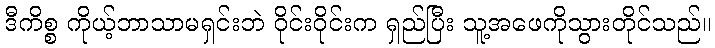
ဒီကိစ္စ ကိုယ့်ဘာသာမရှင်းဘဲ ဝိုင်းဝိုင်းက ရှည်ပြီး သူ့အဖေကိုသွားတိုင်သည်။